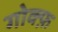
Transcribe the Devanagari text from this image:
गोक्फ़